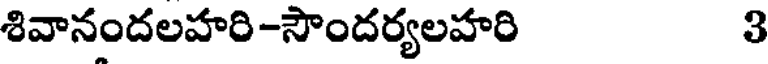
శివానందలహరి-సౌందర్యలహరి 3